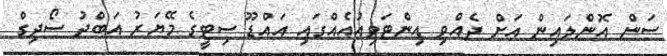
ސަން އޮންލައިން އަށް ދެއްވި އިންޓަވިއުއެއްގައި އައްޑޫ ސިޓީގެ މޭޔަރު އަބްދު ސޯދިގް